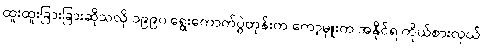
ထူးထူးခြားခြားဆိုသလို ၁၉၉၀ ရွေးကောက်ပွဲတုန်းက ကော့မှူးက အနိုင်ရ ကိုယ်စားလှယ်